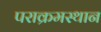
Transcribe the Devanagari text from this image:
पराक्रमस्थान